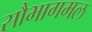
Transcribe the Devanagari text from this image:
सौभागमल